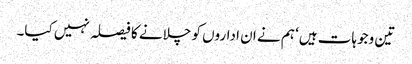
تین وجوہات ہیں‘ ہم نے ان اداروں کو چلانے کا فیصلہ نہیں کیا۔